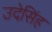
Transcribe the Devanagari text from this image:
उदेसिंह